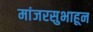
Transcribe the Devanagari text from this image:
मांजरसुभाहून